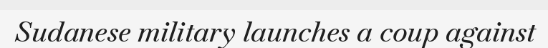
Sudanese military launches a coup against